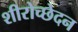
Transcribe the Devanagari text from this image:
शीरोच्छेदन